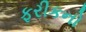
ફરીકનો